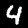
Label: 4